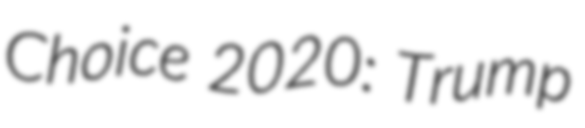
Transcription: Choice 2020: Trump